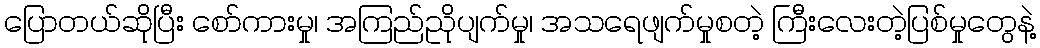
ပြောတယ်ဆိုပြီး စော်ကားမှု၊ အကြည်ညိုပျက်မှု၊ အသရေဖျက်မှုစတဲ့ ကြီးလေးတဲ့ပြစ်မှုတွေနဲ့